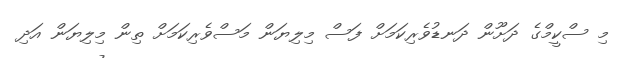
މި ސްކީމްގެ ދަށޫން ދަނޑުވެރިކަމަށް ފަސް މިލިޔަން މަސްވެރިކަމަށް ތިން މިލިޔަން އަދި